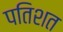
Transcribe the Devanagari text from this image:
पतिशत